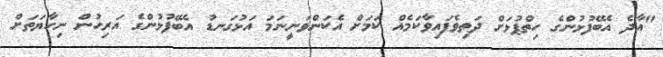
"އާދެ އެބޭފުޅުންގެ ހިތްޕުޅަށް ދަތިވެފައިވާކަމެއް ކަމަށް އެކަންވަނީނަމަ އަޅުގަނޑު އެބޭފުޅުންގެ އަރިހުން ނިހާޔަތަށް